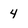
Character: 4